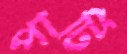
পার্টি